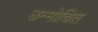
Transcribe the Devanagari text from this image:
उन्मोचित